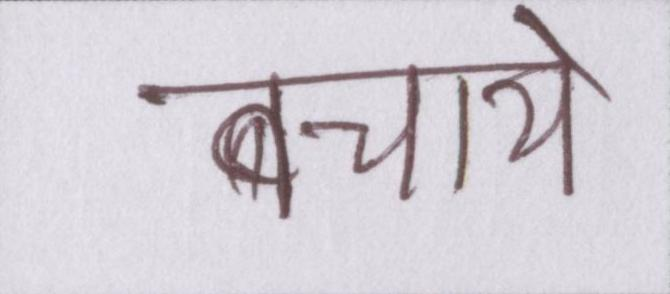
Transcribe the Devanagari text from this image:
बचाये